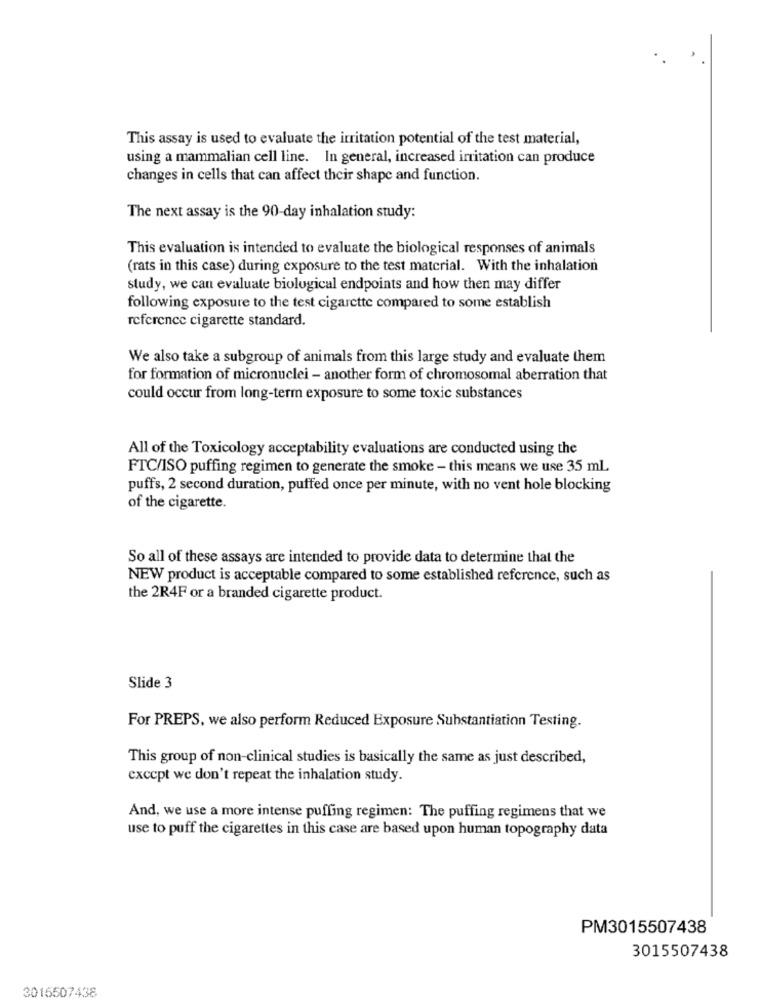
This assay is used to evaluate the irritation potential of the test material,
using a mammalian cell line. In general, increased irritation can produce
changes in cells that can affect their shape and function.
The next assay is the 90-day inhalation study:
This evaluation is intended to evaluate the biological responses of animals
(rats in this case) during exposure to the test material. With the inhalation
study, we can evaluate biological endpoints and how then may differ
following exposure to the test cigarette compared to some establish
reference cigarette standard.
We also take a subgroup of animals from this large study and evaluate them
for formation of micronuclei - another form of chromosomal aberration that
could occur from long-term exposure to some toxic substances
All of the Toxicology acceptability evaluations are conducted using the
FTC/ISO puffing regimen to generate the smoke - this means we use 35 ml
puffs, 2 second duration, puffed once per minute, with no vent hole blocking
of the cigarette.
So all of these assays are intended to provide data to determine that the
NEW product is acceptable compared to some established reference, such as
the 2R4F or a branded cigarette product.
Slide 3
For PREPS, we also perform Reduced Exposure Substantiation Testing.
This group of non-clinical studies is basically the same as just described,
except we don't repeat the inhalation study.
And, we use a more intense puffing regimen: The puffing regimens that we
use to puff the cigarettes in this case are based upon human topography data
PM3015507438
3015507438
3015507438